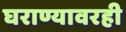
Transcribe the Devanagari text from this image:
घराण्यावरही